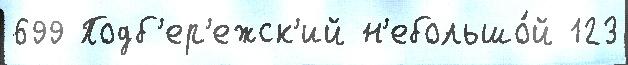
699 Подб'ер'ежск'ий н'ебольшо́й 123